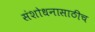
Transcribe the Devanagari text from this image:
संशोधनासाठीच